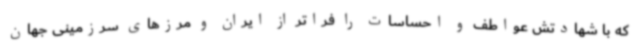
که با شهادتش عواطف و احساسات را فراتر از ایران و مرزهای سرزمینی جهان